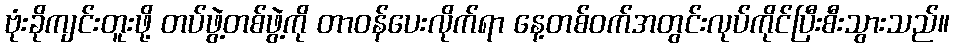
ဗုံးခိုကျင်းတူးဖို့ တပ်ဖွဲ့တစ်ဖွဲ့ကို တာဝန်ပေးလိုက်ရာ နေ့တစ်ဝက်အတွင်းလုပ်ကိုင်ပြီးစီးသွားသည်။